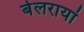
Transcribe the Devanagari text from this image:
बेलरायां